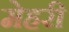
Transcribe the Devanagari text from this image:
मेहरी